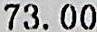
73.00